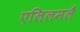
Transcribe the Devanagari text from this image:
एलिलमलै